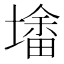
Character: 𰊮